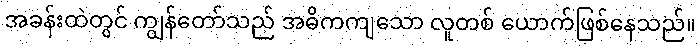
အခန်းထဲတွင် ကျွန်တော်သည် အဓိကကျသော လူတစ် ယောက်ဖြစ်နေသည်။